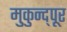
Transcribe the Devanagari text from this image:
मुकुन्द्पूर